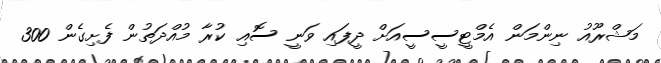
މަޝްރޫއު ނިންމަން އެމްޓީސީސީއަށް ދީފައި ވަނީ ސޮއި ކުރާ މުއްދަތުން ފެށިގެން 300